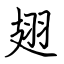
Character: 翅